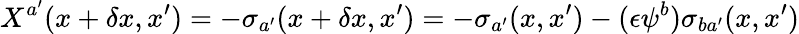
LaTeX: X^{a^{\prime}}(x+\delta x,x^{\prime})=-\sigma_{a^{\prime}}(x+\delta x,x^{\prime})=-\sigma_{a^{\prime}}(x,x^{\prime})-(\epsilon\psi^{b})\sigma_{ba^{\prime}}(x,x^{\prime})